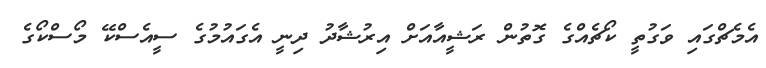
އެމެޗްގައި ވަގުތީ ކޯޗެއްގެ ގޮތުން ރަޝީއާއަށް އިރުޝާދު ދިނީ އެގައުމުގެ ސީއެސްކޭ މޯސްކޯގެ